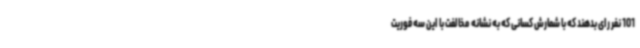
101 نفر رای بدهند که با شمارش کسانی که به نشانه مخالفت با این سه فوریت